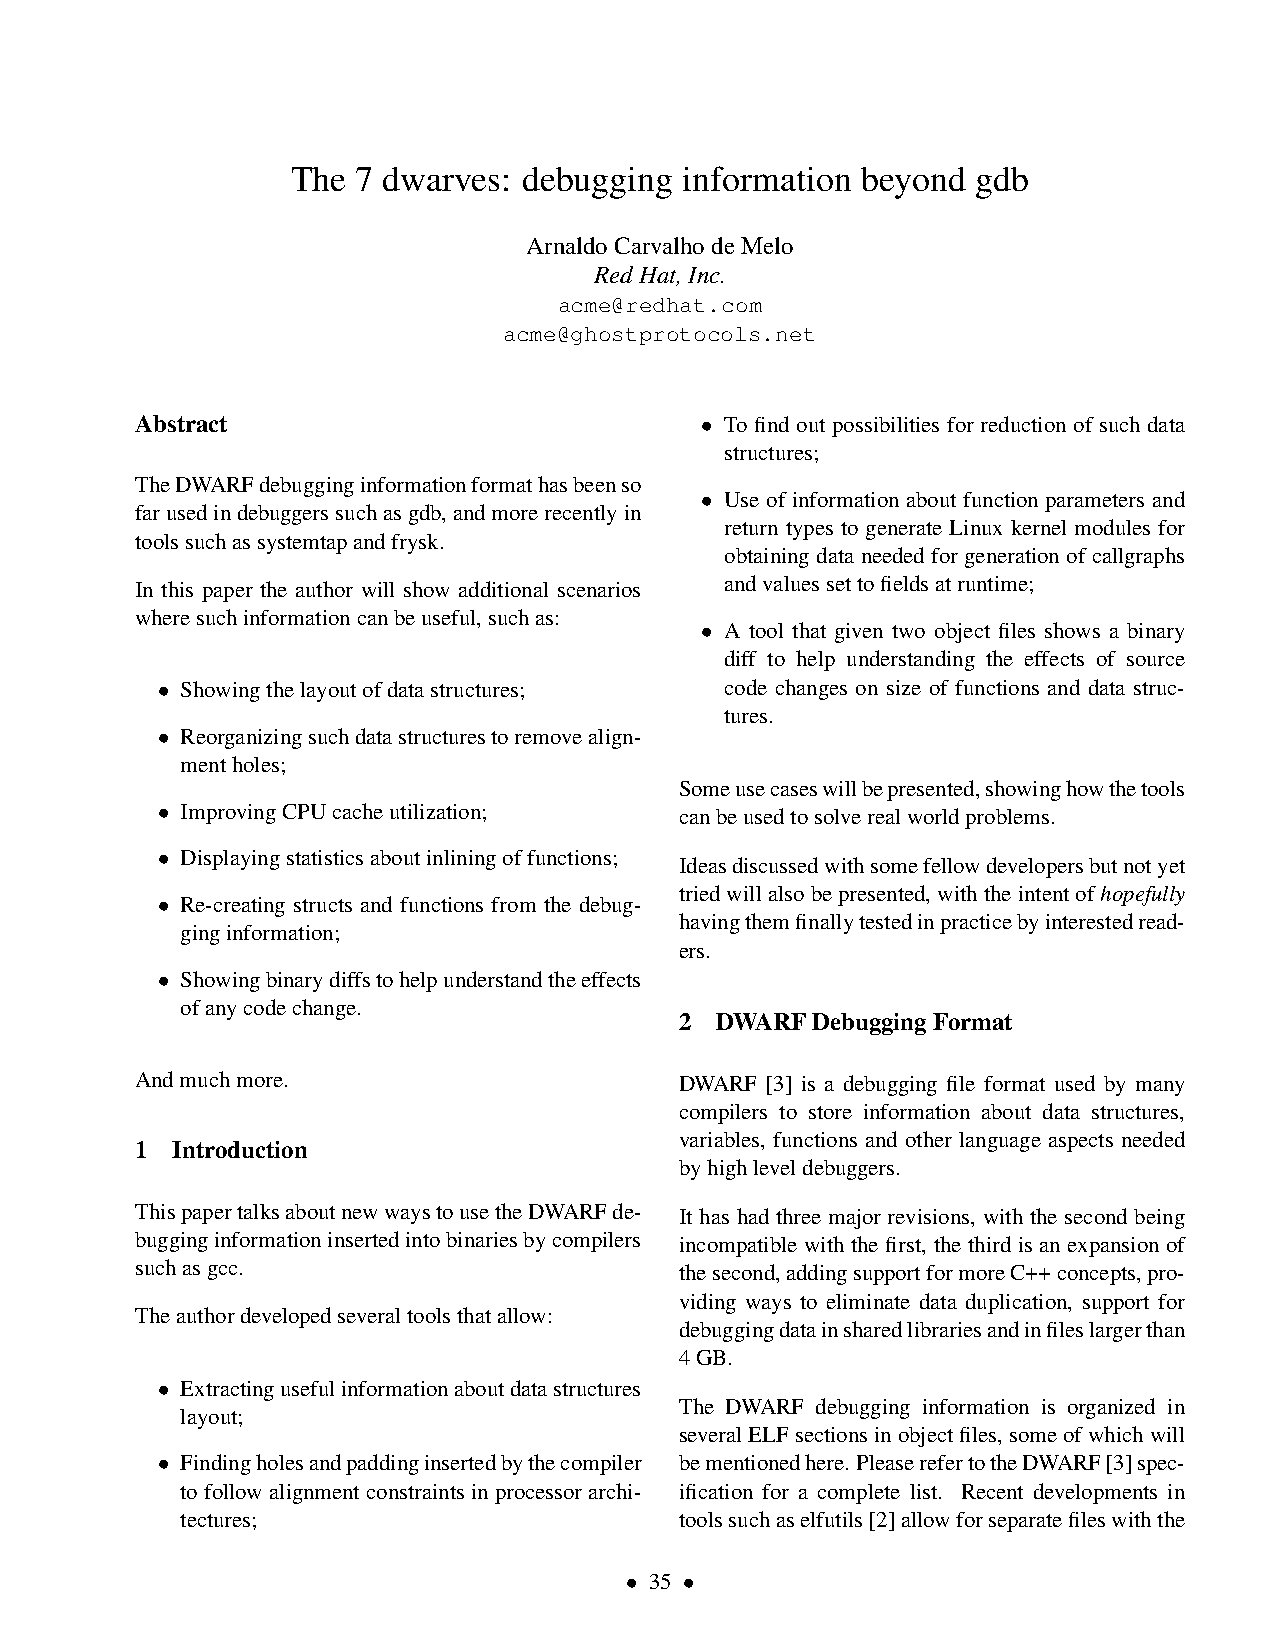
The  7 dwarves: debugging information beyond  gdb
 ArnaldoCarvalhodeMelo
 RedHat,Inc.
 acme@redhat.com
 acme@ghostprotocols.net
 Abstract                             • To find out possibilities for reduction of such data
 structures;
 TheDWARFdebugginginformationformathasbeenso
 • Use of information about function parameters and
 farusedindebuggerssuchasgdb,andmorerecentlyin
 return types to generate Linux kernel modules for
 toolssuchassystemtapandfrysk.
 obtaining data needed for generation of callgraphs
 In this paper the author will show additional scenarios andvaluessettofieldsatruntime;
 wheresuchinformationcanbeuseful,suchas:
 • A tool that given two object files shows a binary
 diff to help understanding the effects of source
 • Showingthelayoutofdatastructures;   code changes on size of functions and data struc-
 tures.
 • Reorganizingsuchdatastructurestoremovealign-
 mentholes;
 Someusecaseswillbepresented,showinghowthetools
 • ImprovingCPUcacheutilization;    canbeusedtosolverealworldproblems.
 • Displayingstatisticsaboutinliningoffunctions;
 Ideasdiscussedwithsomefellowdevelopersbutnotyet
 triedwillalsobepresented,withtheintentofhopefully
 • Re-creating structs and functions from the debug-
 havingthemfinallytestedinpracticebyinterestedread-
 ginginformation;
 ers.
 • Showingbinarydiffstohelpunderstandtheeffects
 ofanycodechange.
 2 DWARFDebuggingFormat
 Andmuchmore.                        DWARF [3] is a debugging file format used by many
 compilers to store information about data structures,
 variables, functions and other language aspects needed
 1 Introduction
 byhighleveldebuggers.
 ThispapertalksaboutnewwaystousetheDWARFde- It has had three major revisions, with the second being
 bugginginformationinsertedintobinariesbycompilers incompatible with the first, the third is an expansion of
 suchasgcc.                          thesecond,addingsupportformoreC++concepts,pro-
 viding ways to eliminate data duplication, support for
 Theauthordevelopedseveraltoolsthatallow:
 debuggingdatainsharedlibrariesandinfileslargerthan
 4GB.
 • Extractingusefulinformationaboutdatastructures
 The DWARF debugging information is organized in
 layout;
 severalELFsectionsinobjectfiles,someofwhichwill
 • Findingholesandpaddinginsertedbythecompiler bementionedhere. PleaserefertotheDWARF[3]spec-
 tofollowalignmentconstraintsinprocessorarchi- ification for a complete list. Recent developments in
 tectures;                        toolssuchaselfutils[2]allowforseparatefileswiththe
 • 35 •